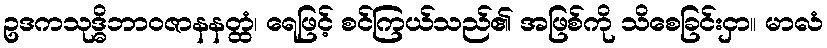
ဥဒကသုဒ္ဓိဘာဝဇာနနတ္ထံ၊ ရေဖြင့် စင်ကြယ်သည်၏ အဖြစ်ကို သိစေခြင်းငှာ။ မာလံ